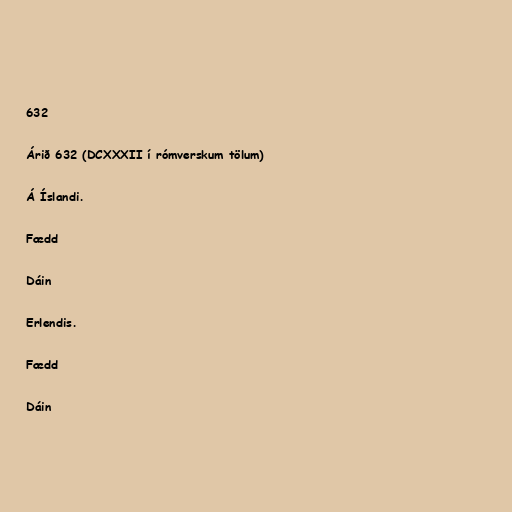
632

Árið 632 (DCXXXII í rómverskum tölum)

Á Íslandi.

Fædd

Dáin

Erlendis.

Fædd

Dáin